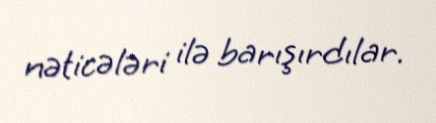
nəticələri ilə barışırdılar.